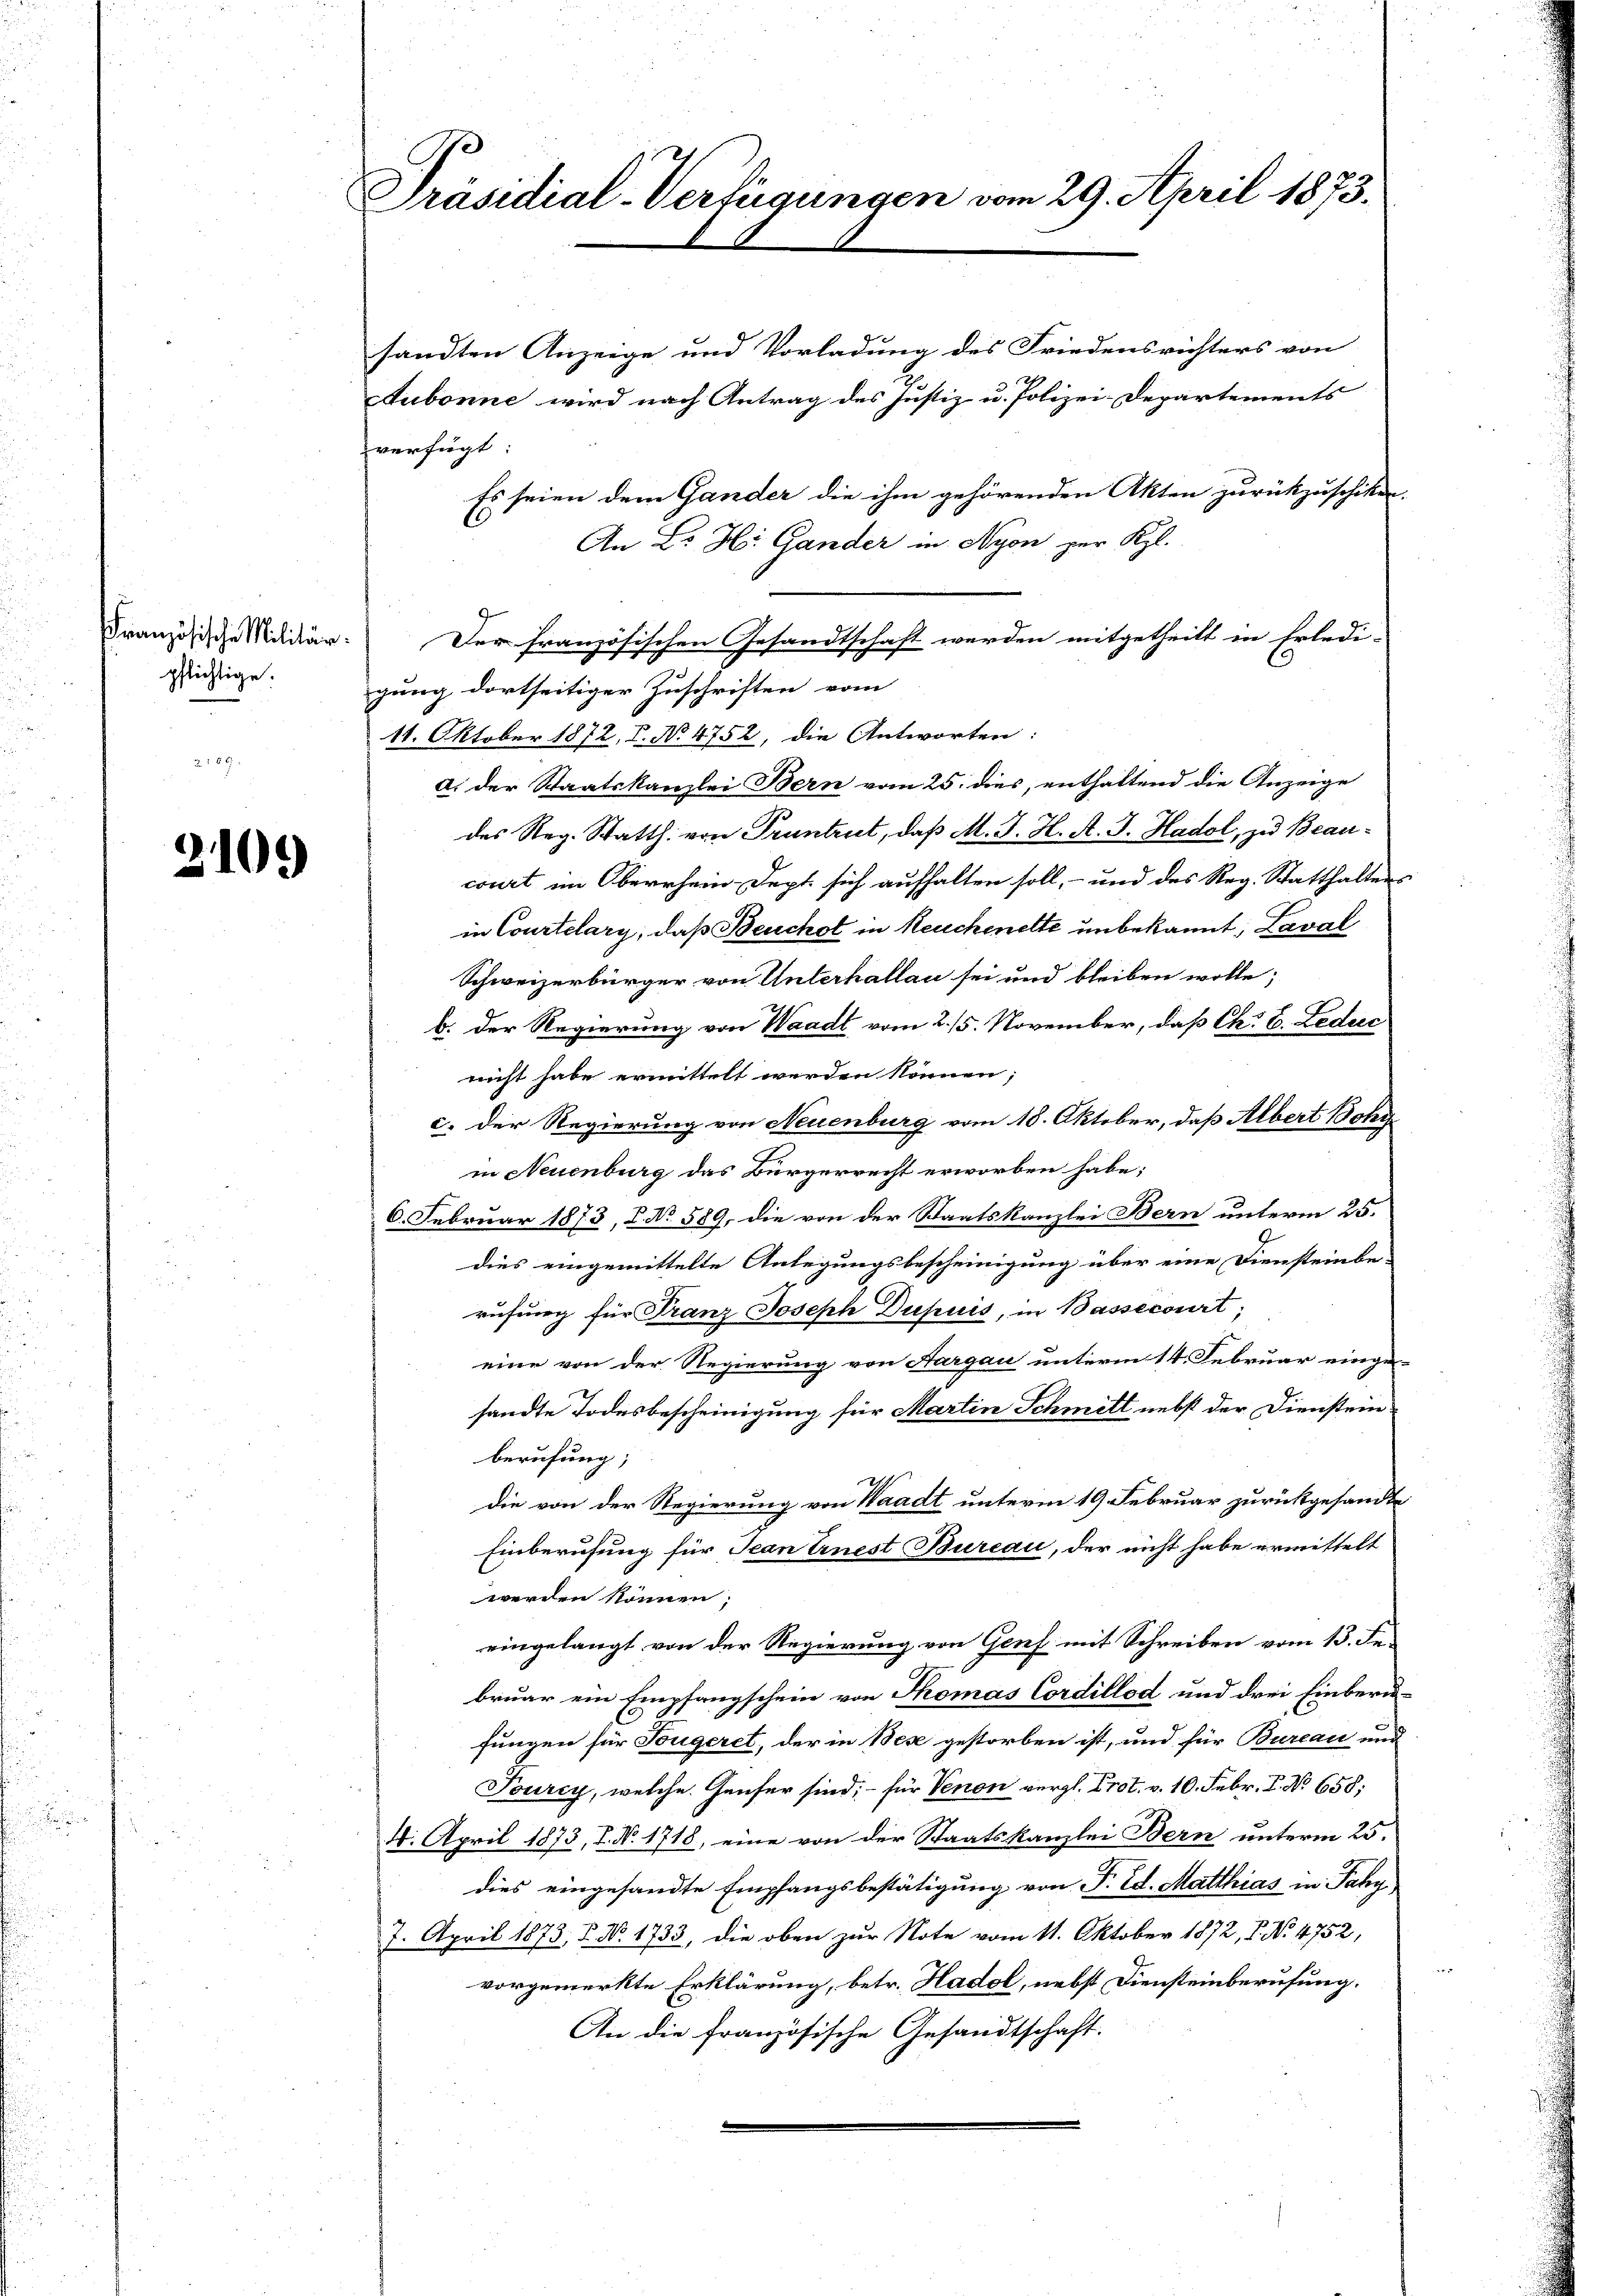
Französische Militär.
pflichtige.

2105)

Präsidial-Verfügungen vom 29. April 1873.

sandten Anzeige und Vorladung des Friedensrichters von
Aubonne wird nach Antrag des Justiz u. Polizei-Departements
verfügt
Es seien dem Gander die ihm gehörenden Akten zurückzuschiken-
6
An Dr H. Gander in Nyon zur Kl.
Der französischen Gesandtschaft werden mitgetheilt in Erledi-
gung dortseitiger Zuschriften vom
11. Oktober 1872, S. No 4752, die Antworten:
a. der Staatskanzlei Bern vom 25. dies, enthaltend die Anzeige
des Reg. Statth. von Pruntrut, daß M. J. H. A. J. Hadol, zu Beaucourt im Oberrhein Dept sich aufhalten soll, - und des Reg. Statthaltens
in Courtelary, daß Benchol in Neuchenete unbekannt, Laval
Schweizerbürger von Unterhallau sei und bleiben wolle;
b. Der Regierung von Waadt vom 2. 15. November, daß Ch. E. Ledrec
nicht habe ermittelt werden können;
c. Der Regierung von Neuenburg vom 18. Oktober, daß Albert Bohy
in Neuenburg das Bürgerrecht erworben habe;
6. Februar 1873, C. No. 589, die von der Staatskanzlei Bern unterm 25.
dies eingemittelte Anlegungsbescheinigung über eine Diensteinbe-
rufung für Franz Joseph Dupuis, in Bassecourt,
eine von der Regierung von Aargau unterm 14. Februar einge-
sandte Todesbescheinigung für Martin Schmitt nebst der Diensteinberufung;
2
die von der Regierung von Waadt unterm 19. Februar zurückgesandte
Einberufung für Jean Ernest Bureau, der nicht habe ermittelt
werden können;
eingelangt von der Regierung von Genf mit Schreiben vom 13. Fe
bruar ein Empfangschein von Thomas Cordillod und drei Einberufungen für Fougeret, der in Bese gestorben ist, und für Bureau und
Tourcy, welche Gänser sind; – für Venen vergl. Prot. v. 10. Febr. P. No 658;
4. April 1873, I. N. 1718, eine von der Staatskanzlei Bern unterm 25.
dies eingesandte Empfangsbestätigung von F. Ed. Matthias in Fahy
7. April 1873, P. No. 1733, die oben zur Note vom 11. Oktober 1872, P. No. 4752,
vorgemerkte Erklärung, betr. Hadol, nebst Diensteinberufung.
An die französische Gesandtschaft.